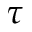
\tau